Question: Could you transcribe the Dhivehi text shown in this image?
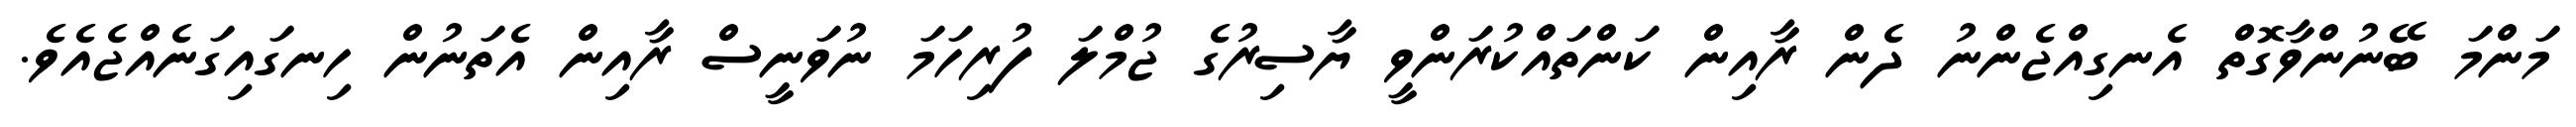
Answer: މަންމަ ބޭނުންވާގޮތް އެނގިއްޖެންނު ދެން ރާއިން ކަންތައްކުރަންވީ ޔާސިރުގެ ޖުމްލަ ފުރިހަމަ ނުވަނީސް ރާއިން އެތަނުން ހިނގައިގަނެއްޖެއެވެ.